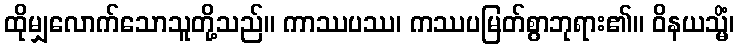
ထိုမျှလောက်သောသူတို့သည်။ ကာဿပဿ၊ ကဿပမြတ်စွာဘုရား၏။ ဝိနယသ္မိံ၊